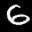
Label: 6